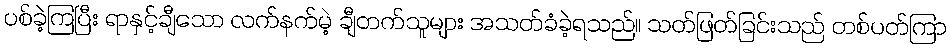
ပစ်ခဲ့ကြပြီး ရာနှင့်ချီသော လက်နက်မဲ့ ချီတက်သူများ အသတ်ခံခဲ့ရသည်။ သတ်ဖြတ်ခြင်းသည် တစ်ပတ်ကြာ